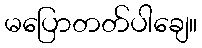
မပြောတတ်ပါချေ။